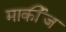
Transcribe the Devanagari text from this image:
मार्कीज